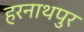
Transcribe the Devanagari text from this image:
हरनाथपुर